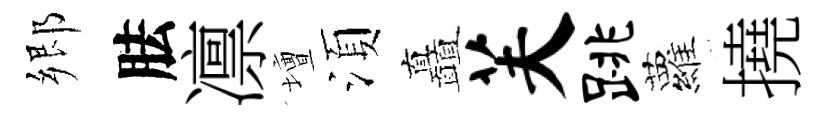
郷胠凛壇湏矗芙跳蘿撓